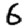
Digit: 6